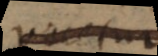
vocetur